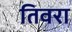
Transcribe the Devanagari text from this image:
तिवरा